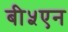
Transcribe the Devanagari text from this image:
बी५एन